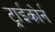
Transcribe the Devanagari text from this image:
ट्राईकोर्न